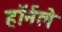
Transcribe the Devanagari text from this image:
हॉर्नले